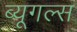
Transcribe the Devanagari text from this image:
ब्यूगल्स